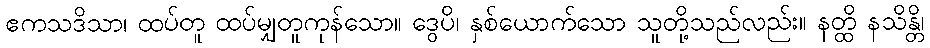
ဧကသဒိသာ၊ ထပ်တူ ထပ်မျှတူကုန်သော။ ဒွေပိ၊ နှစ်ယောက်သော သူတို့သည်လည်း။ နတ္ထိ နသိန္တိ၊